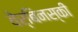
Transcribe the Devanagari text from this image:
वेर्बिनस्की